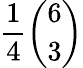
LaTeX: {\frac{1}{4}}{\binom{6}{3}}